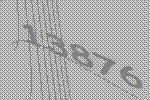
13876